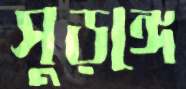
সুড়ঙ্গে